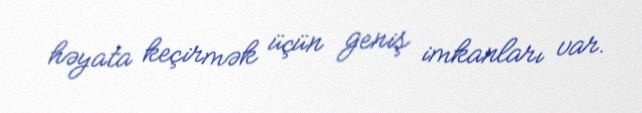
həyata keçirmək üçün geniş imkanları var.